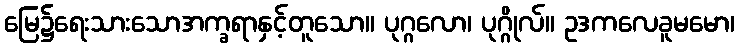
မြေ၌ရေးသားသောအက္ခရာနှင့်တူသော။ ပုဂ္ဂလော၊ ပုဂ္ဂိုလ်။ ဥဒကလေခူမမော၊